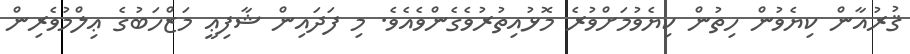
ޤުރުއާން ކިޔެވުން ހިތުން ކިޔެވުމަށްވުރެ މޮޅުއިތުރުވެގެންވެއެވެ. މި ފަދައިން ޝާފިޢީ މަޒްހަބުގެ ޢިލްމުވެރިން